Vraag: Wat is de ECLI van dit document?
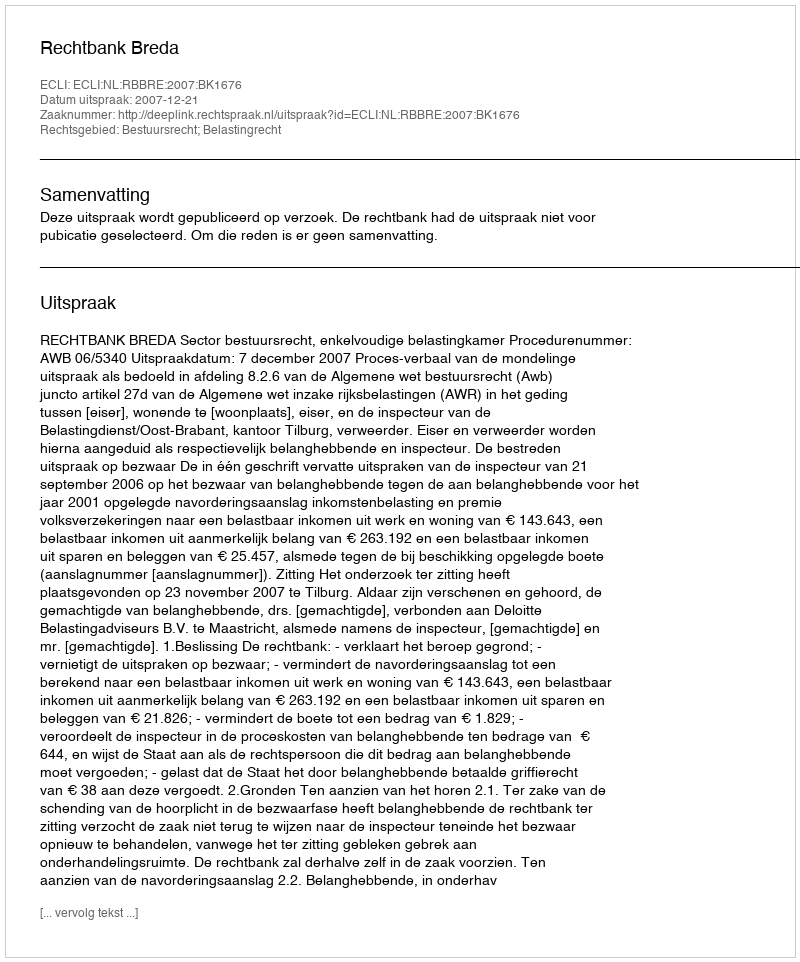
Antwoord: ECLI:NL:RBBRE:2007:BK1676